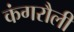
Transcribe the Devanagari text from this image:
कंगरौली